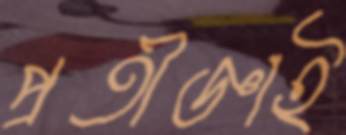
প্রতীজ্ঞাই